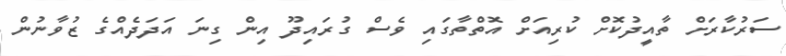
ސަރުކާރަށް ތާއީދުކޮށް ކުރިއަށް އޮތްތާގައި ވެސް ގުރައިދޫ އިން ގިނަ އަދަދެއްގެ ޒުވާނުން